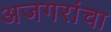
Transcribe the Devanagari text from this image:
अजगरांचा